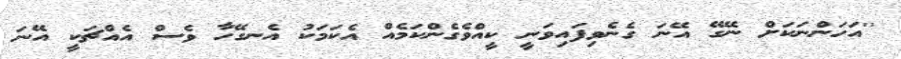
''އަހަންނަކަށް ނޭގޭ އޭނަ ގެނެވިފައިވަނީ ކީއްވެގެންކަމެއް އެކަމަކު އެނގޭހާ ވެސް އެއްޗަކީ އޭނަ